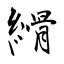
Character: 縎